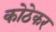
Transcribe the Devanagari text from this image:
कोठेकर